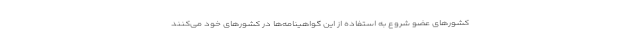
کشورهای عضو شروع به استفاده از این گواهینامه‌ها در کشورهای خود می‌کنند